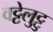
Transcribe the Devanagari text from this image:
वट्टेलुट्टु